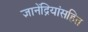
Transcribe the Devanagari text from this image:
ज्ञानेंद्रियांसहित